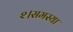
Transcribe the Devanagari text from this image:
२।समस्या